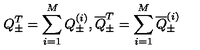
Q _ { \pm } ^ { T } = \sum _ { i = 1 } ^ { M } Q _ { \pm } ^ { ( i ) } , \overline { { Q } } _ { \pm } ^ { T } = \sum _ { i = 1 } ^ { M } \overline { { Q } } _ { \pm } ^ { ( i ) }